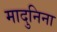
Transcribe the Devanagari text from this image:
मादुनिना